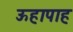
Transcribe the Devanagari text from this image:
ऊहापाह